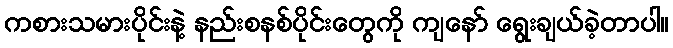
ကစားသမားပိုင်းနဲ့ နည်းစနစ်ပိုင်းတွေကို ကျနော် ရွေးချယ်ခဲ့တာပါ။